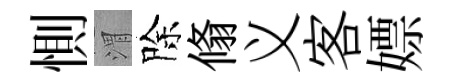
惻渭除翛义客嫖